Annual report of the Civil Veterinary Department, Bengal, for the year 1898-99 - 1898-1899
Year: 1898
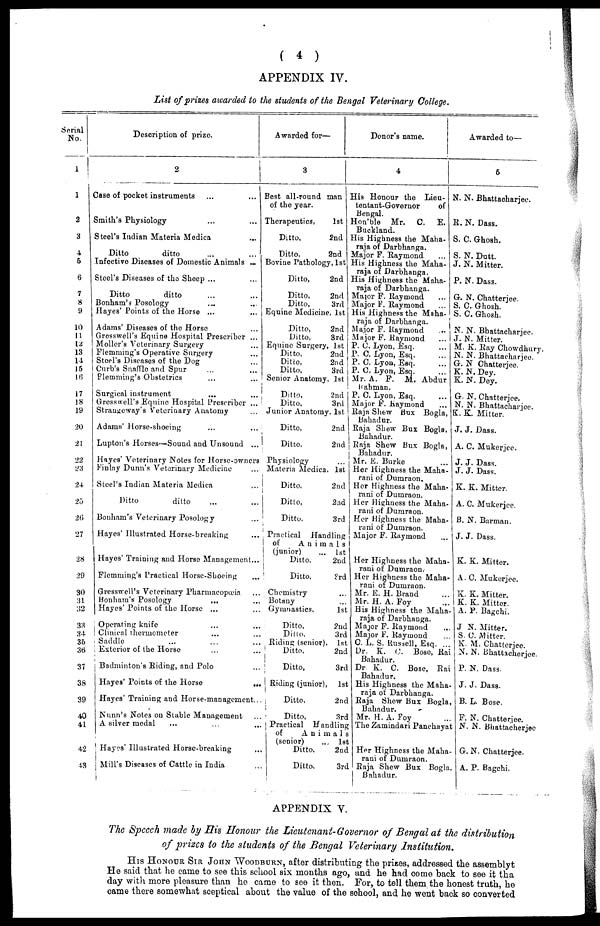
( 4 )
APPENDIX IV.
List of prizes awarded to the students of the Bengal Veterinary College.
Serial
No.
1
1
2
3
4
5
6
7
8
9
10
11
12
13
14
15
16
17
18
19
20
21
22
23
24
25
26
27
28
29
30
31
32
33
34
36
36
37
38
39
40
41
42
43
Description of prize.
2
Case of pocket instruments
...
...
Smith's Physiology ... ...
Steel's Indian Materia Medica ...
Ditto
ditto ... ...
Infective Diseases of Domestic Animals ...
Steel's Diseases of the Sheep ... ...
Ditto
ditto ... ...
Bonham's Posology ... ...
Hayes' Points of the Horse ... ...
Adams' Diseases of the Horse ...
Gresswell's Equine Hospital Prescriber ...
Moller's Veterinary Surgery ...
Flemniing's Operative Surgery ...
Steel's Diseases of the Dog ...
Curb's Snaffle and Spur ... ...
Flemming's Obstetrics
...
...
Surgical instrument
...
...
Gresswell's Equine Hospital Prescriber ...
Strangeway's Veterinary Anatomy ...
Adams' Horse-shoeing ... ...
Lupton's Horses—Sound and Unsound ...
Hayes' Veterinary Notes for Horse-owners
Finlay Dunn's Veterinary Medicine ...
Steel's Indian Materia Medica ...
Ditto
ditto ... ...
Bonham's Veterinary Posology ...
Hayes' Illustrated Horse-breaking ...
Hayes' Training and Horse Management...
Flemming's Practical Horse-Shoeing ...
Gresswell's Veterinary Pharmacopœia ...
Bonham's Posology ... ...
Hayes' Points of the Horse ... ...
Operating knife ... ...
Clinical thermometer ... ...
Saddlo ... ... ...
Exterior of the Horse ... ...
Badminton's Biding, and Polo ...
Hayes' Points of the Horse
...
Hayes' Training and Horse-management...
Nunn's Notes on Stable Management ...
A silver medal ... ... ...
Hayes' Illustrated Horse-breaking ...
Mill's Diseases of Cattle in India ...
Awarded for—
3
Best all-round man
of the year.
Therapeutics,
1st
Ditto,
2nd
Ditto,
2nd
Bovine Pathology, 1st
Ditto,
2nd
Ditto,
2nd
Ditto,
3rd
Equine Medicine, 1st
Ditto,
2nd
Ditto,
3rd
Equine Surgery, 1st
Ditto,
2nd
Ditto,
2nd
Ditto,
3rd
Senior Anatomy, 1st
Ditto,
2nd
Ditto,
3rd
Junior Anatomy, 1st
Ditto,
2nd
Ditto,
2nd
Physiology
Materia Medica, 1st
Ditto,
2nd
Ditto,
2nd
Ditto.
3rd
Practical Handling
of
Animals
(junior)
... 1st
Ditto.
2nd
Ditto,
3rd
Chemistry
Botany
Gymnastics,
1st
Ditto,
2nd
Ditto.
3rd
Riding (senior), 1st
Ditto,
2nd
Ditto,
3rd
Riding (junior), 1st
Ditto,
2nd
Ditto,
3rd
Practical Handling
of
Animals
(senior)
... 1st
Ditto,
2nd
Ditto.
3rd
Donor's name.
4
His Honour the Lieu-
tentant-Governor
of
Bengal.
Hon'ble Mr.
C.
E.
Buckland.
His Highness the Maha-
raja of Darbhanga.
Major F. Raymond ...
His Highness the Maha-
raja of Darbhanga.
His Highness the Maha-
raja of Darbhanga.
Major F. Raymond ...
Major F. Raymond ...
lis Highness the Maha-
raja of Darbhanga.
Major F. Raymond ...
Major F. Raymond ...
P. C. Lyon, Esq. ...
P. C. Lyon, Esq. ...
P. C. Lyon, Esq. ...
P. C. Lyon, Esq. ...
Mr. A. F. M. Abdur
Rahman.
P. C. Lyon, Esq. ...
Major F. Raymond ...
Raja Shew Bux Bogla,
Bahadur.
Raja Shew Bux Bogla,
Bahadur.
Raja Shew Bux Bogla,
Bahadur.
Mr. E. Burke ...
Her Highness the Maha-
rani of Dumraon.
Her Highness the Maha-
rani of Dumraon.
Her Highness the Maha
rani of Dumraon.
Her Highness the Maha
rani of Dumraon.
Major F. Raymond ...
Her Highness the Maha-
rani of Dumraon.
Her Highness the Maha-
rani of Dumraon.
Mr. E. H. Brand ...
Mr. H. A. Foy ...
His Highness the Maha-
raja of Darbhanga.
Major F. Raymond ...
Major F. Raymond ...
C. L. S. Russell, Esq. ...
Dr. K. C. Bose, Rai
Bahadur.
Dr. K. C. Bose, Rai
Bahadur.
Awarded to—
6
N. N. Bhattacharjee.
R. N. Dass.
S. C. Ghosh.
S. N. Dutt.
J. N. Mitter.
P. N. Dass.
G. N. Chatterjee.
S. C. Ghosh.
S. C. Ghosh.
N. N. Bhattacharjee.
J. N. Mitter.
M. K. Ray Chowdhury.
N. N. Bhattacharjee.
G. N Chatterjee.
K. N. Dey.
K. N. Dey.
G. N. Chatterjee.
N. N. Bhattacharjee.
K. K. Mitter.
J. J. Dass.
A. C. Mukerjee.
J. J. Dass.
J. J. Dass.
K. K. Mitter.
A. C. Mukerjee.
B. N. Barman.
His Highness the Maha-
raja of Darbhanga.
Raja Shew Bux Bogla,
Bahadur.
Mr. H. A. Foy ...
The Zamindari Panchayat
Her Highness the Maha-
rani of Dumraon.
Raja
Shew Bux Bogla,
Bahadur.
J. J. Dass.
K. K. Mitter.
A. C. Mukerjee.
K. K. Mitter.
K. K. Mitter.
A. P. Bagchi.
J N. Mitter.
S. 0. Mitter.
K. M. Chatterjee.
N. N. Bhattacherjee.
P. N. Dass.
J. J. Dass.
B. L. Bose.
F. N. Chatterjee.
N. N. Bhattacherjee
G. N. Chatterjee.
A. P. Bagchi.
APPENDIX Y.
The Speech made by His Honour the Lieutenant-Governor of Bengal at the distribution
of prizes to the students of the Bengal Veterinary Institution.
HIs HONOUR SIR JOHN WOODBURN, after distributing the prizes, addressed the assemblyt
He said that he came to see this school six months ago, and he had come back to see it tha
day with more pleasure than he came to see it then. For, to tell them the honest truth, he
came there somewhat sceptical about the value of the school, and he went back so converted